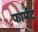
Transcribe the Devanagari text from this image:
फार्मट